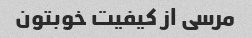
مرسی از کیفیت خوبتون